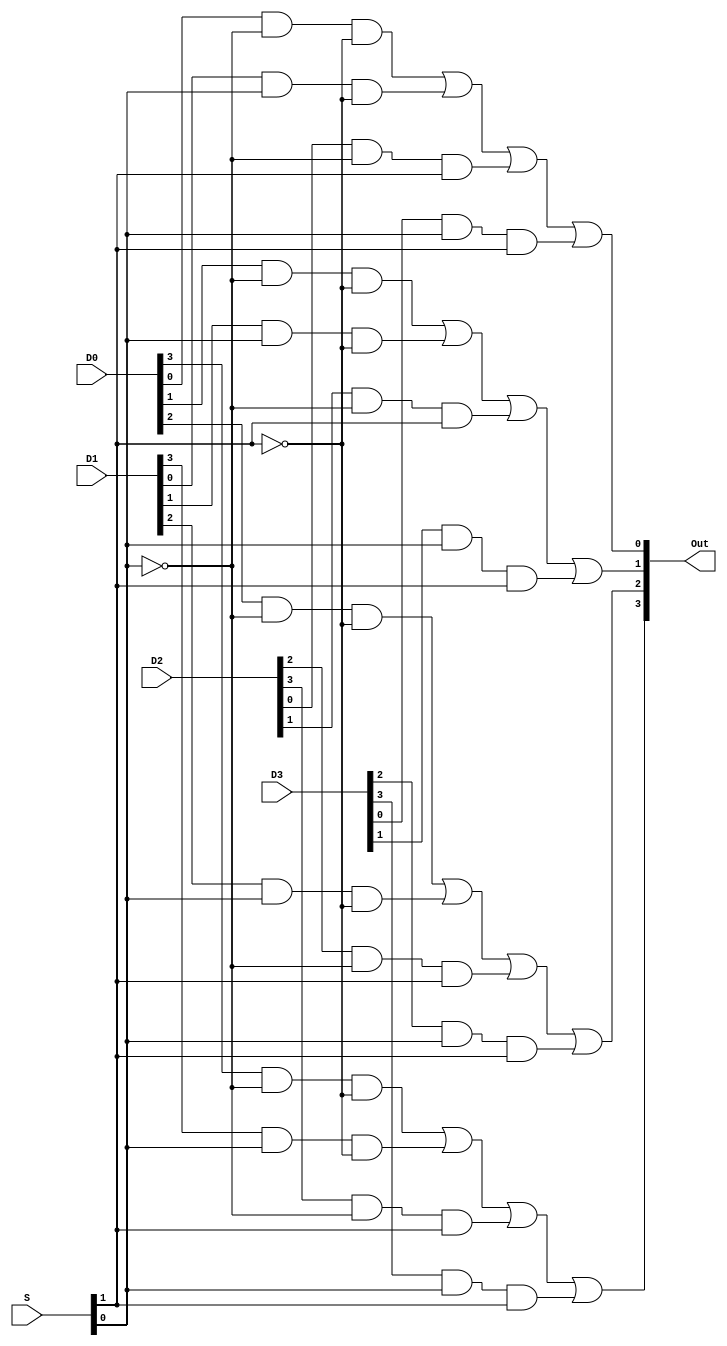
/**
 * 4-bit 4 x 1 Multiplexer module
 */
module MUX (output [3:0] Out, input [3:0] D0, D1, D2, D3, input [1:0] S);
    assign Out[0] = (D0[0] & ~S[0] & ~S[1]) | (D1[0] & S[0] & ~S[1]) |
                    (D2[0] & ~S[0] & S[1])  | (D3[0] & S[0] & S[1]);
    assign Out[1] = (D0[1] & ~S[0] & ~S[1]) | (D1[1] & S[0] & ~S[1]) |
                    (D2[1] & ~S[0] & S[1])  | (D3[1] & S[0] & S[1]);
    assign Out[2] = (D0[2] & ~S[0] & ~S[1]) | (D1[2] & S[0] & ~S[1]) |
                    (D2[2] & ~S[0] & S[1])  | (D3[2] & S[0] & S[1]);
    assign Out[3] = (D0[3] & ~S[0] & ~S[1]) | (D1[3] & S[0] & ~S[1]) |
                    (D2[3] & ~S[0] & S[1])  | (D3[3] & S[0] & S[1]);
endmodule // MUX